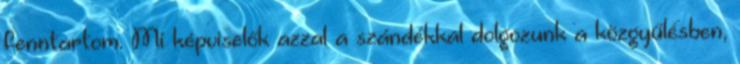
fenntartom. Mi képviselők azzal a szándékkal dolgozunk a közgyűlésben,